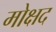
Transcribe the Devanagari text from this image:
मोक्षद